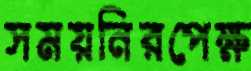
সময়নিরপেক্ষ